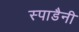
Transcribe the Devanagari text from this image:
स्पाडैनी